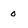
Character: 0